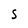
Character: S